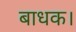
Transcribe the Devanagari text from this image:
बाधक।